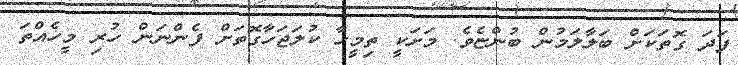
ފަދަ ގޮތަކަށް ބަލާލަމުން ބުންޏެވެ. މަށަކީ ތިމީހާ ކުލަޖަހާގޮތަށް ފެންނަން ހުރި މީހެއްތަ